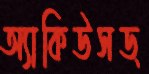
অ্যাকিউসড্